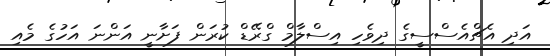
އަދި އެޗްއެސްސީގެ ދިވެހި އިސްލާމް ގްރޭޑް ކުރަން ފަށާނީ އަންނަ އަހުގެ މެއި